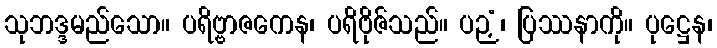
သုဘဒ္ဒမည်သော။ ပရိဗ္ဗာဇကေန၊ ပရိဗိုဇ်သည်။ ပဉှံ၊ ပြဿနာကို။ ပုဋ္ဌေန၊